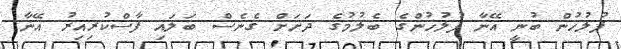
ފުލުހުން ބުނީ އޭނާ ފުލުހުންގެ ބެލުމުގެ ދަށަށް ގެނެސް ބަލައި ފާސްކުރިއިރު އޭނާ